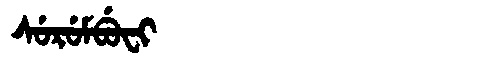
Manchu: ᠰᡠᡵᡠᠮᠪᡠᠸᡳ
Romanization: SURUMBUFI